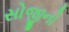
સોજીનો